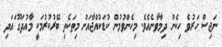
ނަޖިސް ހަރުވެ ހިކެން ދިމާވާނެއެވެ. މިހެންވުމުން ކުޑަކުއްޖާއަށް މިތަކެތި ބޭރުކުރުމަކީ މާއުދަގޫ ައަދި